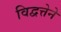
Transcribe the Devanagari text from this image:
विद्वत्तेने